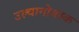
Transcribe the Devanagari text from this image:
उल्यानोवस्क